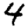
Digit: 4